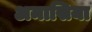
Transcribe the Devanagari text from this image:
अमासिया